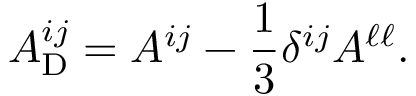
{ \cal { A } } _ { \mathrm { { D } } } ^ { i j } = { \cal { A } } ^ { i j } - \frac { 1 } { 3 } \delta ^ { i j } { \cal { A } } ^ { \ell \ell } .